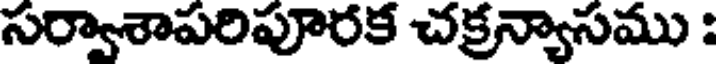
సర్వాశాపరిపూరక చక్రన్యాసము :